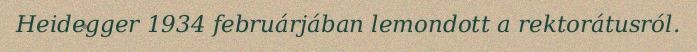
Heidegger 1934 februárjában lemondott a rektorátusról.